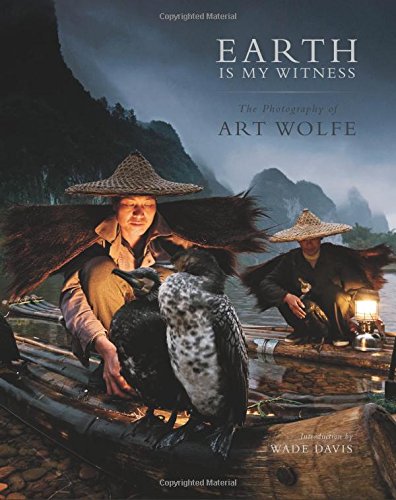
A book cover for Earth Is My Witness: The Photography of Art Wolfe; Arts & Photography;